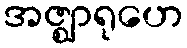
အဇ္ဈာရုဟေ